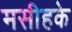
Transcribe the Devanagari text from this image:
मसीहके